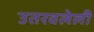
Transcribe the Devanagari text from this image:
उतरवलेली